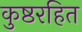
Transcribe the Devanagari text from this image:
कुष्ठरहित